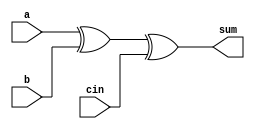
module FA(input a,b, cin, output wire sum );

xor x1(sum, a, b, cin);

endmodule